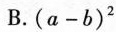
B.(a-b)^2